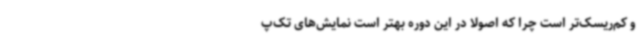
و کم‌ریسک‌تر است چرا که اصولا در این دوره بهتر است نمایش‌های تک‌پ